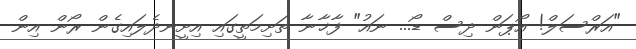
"އަރްސަލް! އޯޕަން ދިސް ޑޯ... ނައު" ފާޚާނާ ތަށިމަތީގައި އިށީނދެލައިގެން ރޯން އިން